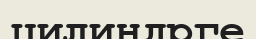
цилиндрге